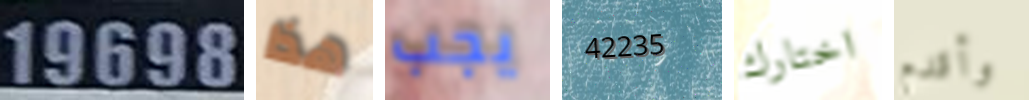
19698 هذا يجب 42235 اختارك وأقدم